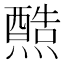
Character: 𤐿